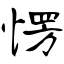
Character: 愣